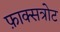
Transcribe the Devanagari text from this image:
फ़ाक्सत्रोट